Scottish Leaving Certificate Examination, 1952
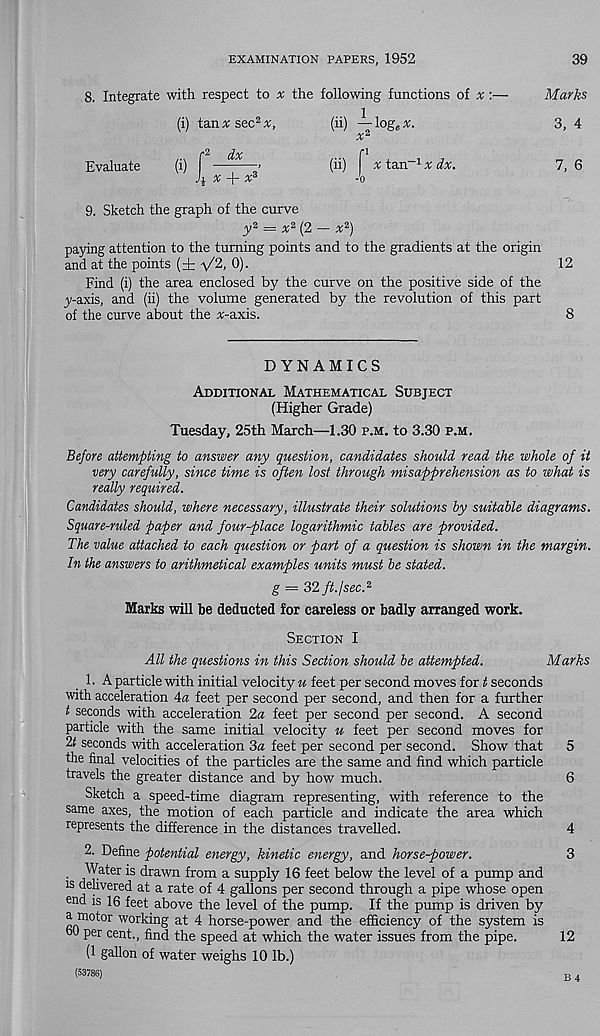
EXAMINATION PAPERS, 1952
39
8. Integrate with respect to x the following functions of x:—
(i) tan » sec 2
(ii) — log e x.
Evaluate
x -I- x 3
m r x tan -1 x dx.
Marks
3, 4
7, 6
9. Sketch the graph of the curve
y 3 = x 3 {2 — x 2 )
paying attention to the turning points and to the gradients at the origin
and at the points (± V 2 , 0).
12
Find (i) the area enclosed by the curve on the positive side of the
y-axis, and (ii) the volume generated by the revolution of this part
of the curve about the «-axis.
8
DYNAMICS
Additional Mathematical Subject
(Higher Grade)
Tuesday, 25th March—1.30 p.m. to 3.30 p.m.
Before attempting to answer any question, candidates should read the whole of it
very carefully, since time is often lost through misapprehension as to what is
really required.
Candidates should, where necessary, illustrate their solutions by suitable diagrams.
Square-ruled paper and four-place logarithmic tables are provided.
The value attached to each question or part of a question is shown in the margin.
In the answers to arithmetical examples units must be stated.
g = 32 ft. I sec. 2
Marks will be deducted for careless or badly arranged work.
Section I
All the questions in this Section should be attempted.
Marks
1. A particle with initial velocity u feet per second moves for i! seconds
with acceleration 4a feet per second per second, and then for a further
t seconds with acceleration 2a feet per second per second. A second
particle with the same initial velocity u feet per second moves for
It seconds with acceleration 3a feet per second per second. Show that 5
the final velocities of the particles are the same and find which particle
travels the greater distance and by how much.
6
Sketch a speed-time diagram representing, with reference to the
same axes, the motion of each particle and indicate the area which
represents the difference in the distances travelled.
4
2. Define potential energy, kinetic energy, and horse-power.
3
Water is drawn from a supply 16 feet below the level of a pump and
is delivered at a rate of 4 gallons per second through a pipe whose open
end is 16 feet above the level of the pump. If the pump is driven by
a motor working at 4 horse-power and the efficiency of the system is
o0 per cent., find the speed at which the water issues from the pipe.
12
(1 gallon of water weighs 10 lb.)
(53786)
B 4